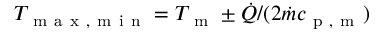
T _ { \mathrm { ~ m ~ a ~ x ~ , ~ m ~ i ~ n ~ } } = T _ { \mathrm { ~ m ~ } } \pm \dot { Q } / ( 2 \dot { m } c _ { \mathrm { ~ p ~ , ~ m ~ } } )